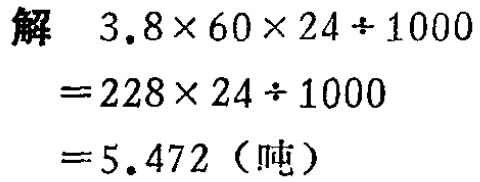
解
\[
\begin{align*}
&3.8\times60\times24\div1000\\
=&228\times24\div1000\\
=&5.472 (\text{吨})
\end{align*}
\]